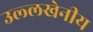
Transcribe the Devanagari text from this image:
उल्‍लखेनीय